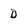
Character: D